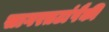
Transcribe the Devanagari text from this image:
सागरतटांपैकी